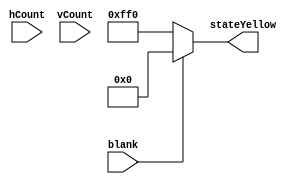
`timescale 1ns / 1ps
//////////////////////////////////////////////////////////////////////////////////
// Company: 
// 
// Design Name: 
// Module Name: draw_fullscreen_color
// Project Name: 
// Target Devices: 
// Tool Versions: 
// Description: Draw yellow screen
// 
// Dependencies: 
// 
// Revision:
// Revision 0.01 - File Created
// Additional Comments:
// 
//////////////////////////////////////////////////////////////////////////////////


module draw_fullscreen_color(
    input [10:0] hCount,
    input [10:0] vCount,
    input blank, 
    output reg [11:0] stateYellow
    );
    
    parameter colorRed = 12'b111100000000;
    parameter colorYellow = 12'b111111110000;
    parameter colorGreen = 12'b000011110000;
    parameter colorBlack = 12'b000000000000;
    parameter colorWhite = 12'b111111111111;
    
    always @(hCount or vCount)
    begin
        if (blank)
            stateYellow = colorBlack; //If blank is 1, we assign the color to black as instructed in the controller module 
        else
            stateYellow = colorYellow;//Otherwise every pixel will be yellow
    end
    
endmodule